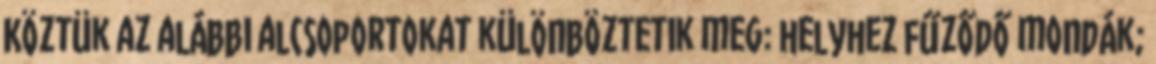
Köztük az alábbi alcsoportokat különböztetik meg: helyhez fűződő mondák;